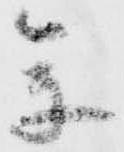
参